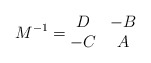
\begin{align*}M^{-1}=\begin{matrix}D & -B\\-C & A \\\end{matrix}\end{align*}